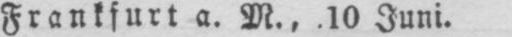
Frankfurt a. M., 10 Juni.